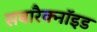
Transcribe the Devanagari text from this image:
सबारैक्नॉइड